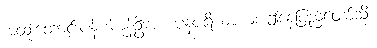
အထူးတောင်းပန်ပါကုန်ဦးအံ့။ ပုနပရိယာယံ၊ ဤနေပြည်တော်သို့